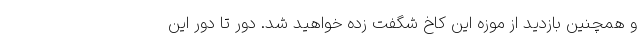
و همچنین بازدید از موزه این کاخ شگفت زده خواهید شد. دور تا دور این